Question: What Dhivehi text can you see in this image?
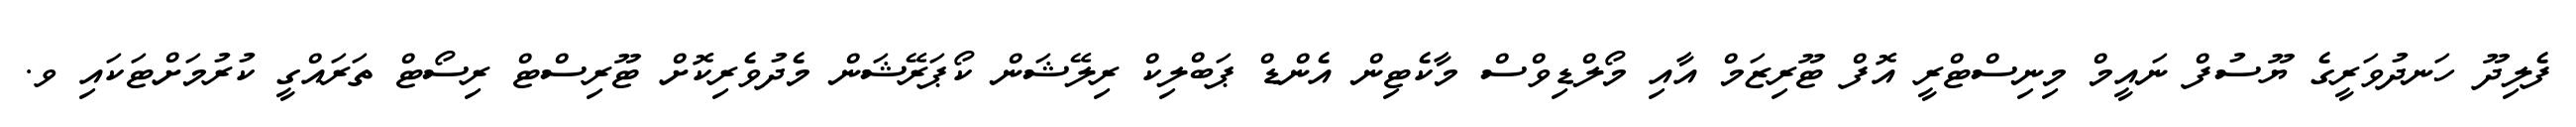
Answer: ފެލިދޫ ހަނދުވަރީގެ ޔޫސުފް ނައީމް މިނިސްޓްރީ އޮފް ޓޫރިޒަމް އާއި މޯލްޑިވްސް މާކެޓިން އެންޑް ޕަބްލިކް ރިލޭޝަން ކޯޕަރޭޝަން މެދުވެރިކޮށް ޓޫރިސްޓް ރިސޯޓް ތަރައްގީ ކުރުމަށްޓަކައި ވ.